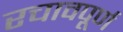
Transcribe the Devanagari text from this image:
रचावपूर्ण